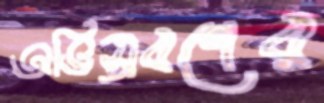
অভিস্রবণের